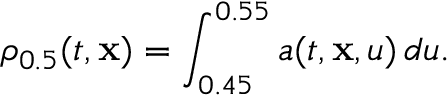
\rho _ { 0 . 5 } ( t , \mathbf { x } ) = \int _ { 0 . 4 5 } ^ { 0 . 5 5 } a ( t , \mathbf { x } , u ) \, d u .